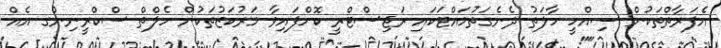
އެފަރާތްތަކުން ސިއްހީ ހާލަތު ދެނެގަތުމައްޓަކައި ރަޖިސްޓްރީ ކޮށްފައިވާ މަރުކަޒުތަކުން ހެލްތް ސްކްރީނިންގ އެއް